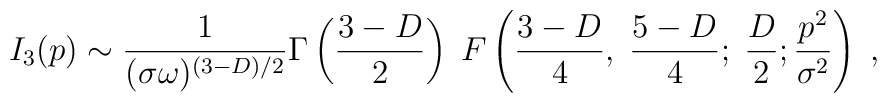
I_3(p) \sim \frac{1}{(\sigma \omega)^{(3-D)/2}}\Gamma\left(\frac{3-D}{2}\right)\;F\left( \frac{3-D}{4},\; \frac{5-D}{4}; \; \frac{D}{2}; \frac{p^2}{\sigma^2} \right) \; ,